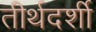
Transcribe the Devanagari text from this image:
तीर्थदर्शी